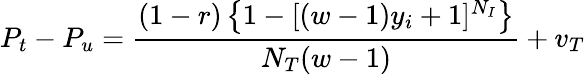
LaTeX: P_{t}-P_{u}=\frac{(1-r)\left\{ 1-[(w-1)y_{i}+1]^{N_{I}}\right\} }{N_{T}(w-1)}+v_{T}